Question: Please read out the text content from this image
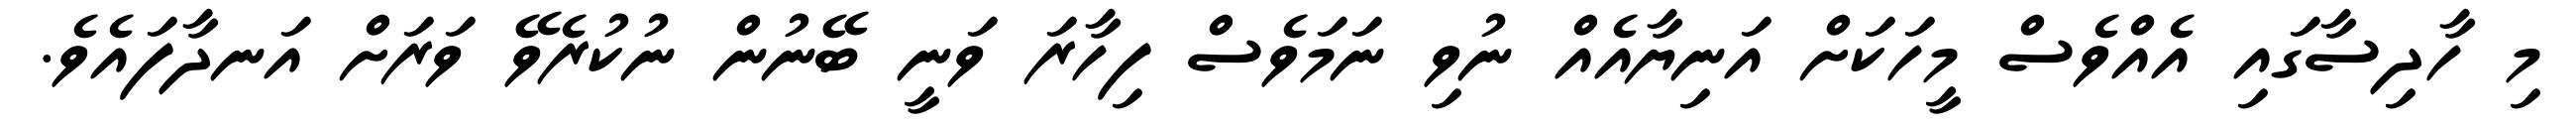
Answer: މި ހާދިސާގައި އެއްވެސް މީހަކަށް އަނިޔާއެއް ނުވި ނަމަވެސް ފިހާރަ ވަނީ ބޭނުން ނުކުރެވޭ ވަރަށް އަނދާފައެވެ.